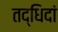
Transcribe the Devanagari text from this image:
तद्धिदां